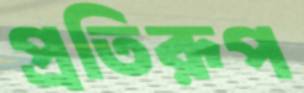
প্রতিরূপ